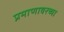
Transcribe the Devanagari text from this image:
प्रमाणावरच्या